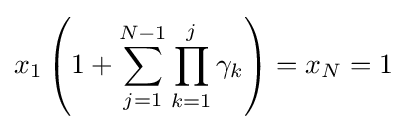
x_{1}\left(1+\sum _{j=1}^{N-1}\prod _{k=1}^{j}\gamma _{k}\right)=x_{N}=1